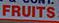
fruits